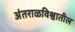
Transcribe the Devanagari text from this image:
अंतराळविश्वातील